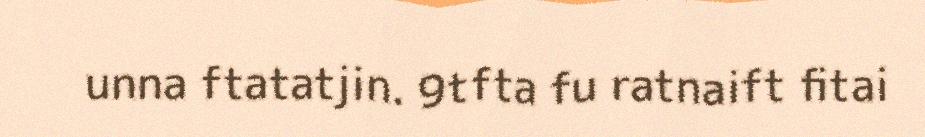
unna ftatatjin. 9tfta fu ratnaift fitai